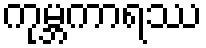
ကုမ္ဘကာရဿ